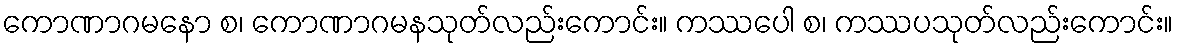
ကောဏာဂမနော စ၊ ကောဏာဂမနသုတ်လည်းကောင်း။ ကဿပေါ စ၊ ကဿပသုတ်လည်းကောင်း။